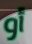
أو